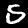
Digit: 5